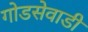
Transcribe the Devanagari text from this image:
गोडसेवाडी